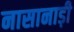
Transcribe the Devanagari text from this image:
नासानाड़ी